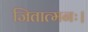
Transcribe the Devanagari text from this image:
जितात्मनः।